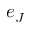
e _ { J }